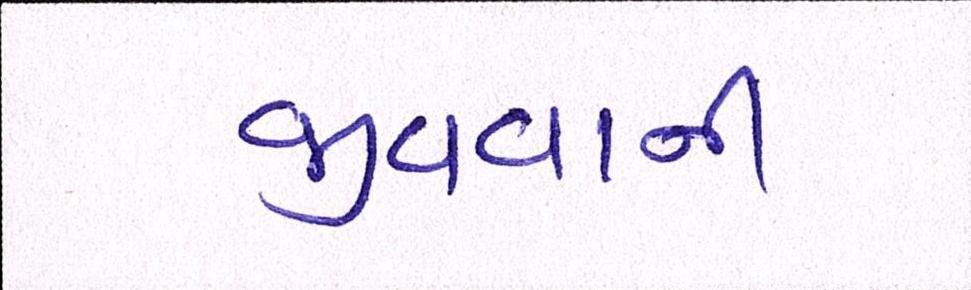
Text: જીવવાની